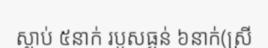
ស្លាប់ ៥នាក់ របួសធ្ងន់ ៦នាក់(ស្រី